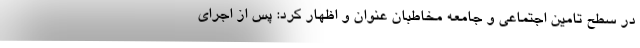
در سطح تامین اجتماعی و جامعه مخاطبان عنوان و اظهار کرد: پس از اجرای